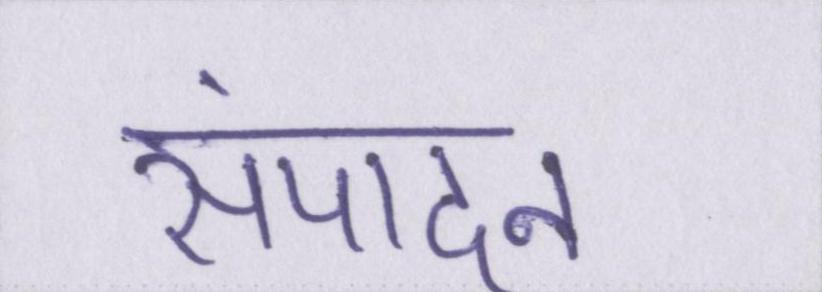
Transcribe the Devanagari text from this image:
संपादन